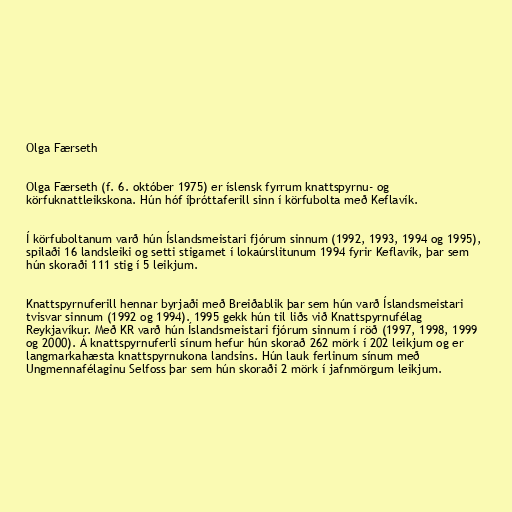
Olga Færseth

Olga Færseth (f. 6. október 1975) er íslensk fyrrum knattspyrnu- og
körfuknattleikskona. Hún hóf íþróttaferill sinn í körfubolta með Keflavík.

Í körfuboltanum varð hún Íslandsmeistari fjórum sinnum (1992, 1993, 1994 og 1995),
spilaði 16 landsleiki og setti stigamet í lokaúrslitunum 1994 fyrir Keflavík, þar sem
hún skoraði 111 stig í 5 leikjum.

Knattspyrnuferill hennar byrjaði með Breiðablik þar sem hún varð Íslandsmeistari
tvisvar sinnum (1992 og 1994). 1995 gekk hún til liðs við Knattspyrnufélag
Reykjavíkur. Með KR varð hún Íslandsmeistari fjórum sinnum í röð (1997, 1998, 1999
og 2000). Á knattspyrnuferli sínum hefur hún skorað 262 mörk í 202 leikjum og er
langmarkahæsta knattspyrnukona landsins. Hún lauk ferlinum sínum með
Ungmennafélaginu Selfoss þar sem hún skoraði 2 mörk í jafnmörgum leikjum.